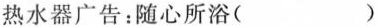
热水器广告：随心所浴()